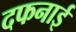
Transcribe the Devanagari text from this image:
दफनाई